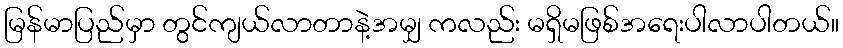
မြန်မာပြည်မှာ တွင်ကျယ်လာတာနဲ့အမျှ ကလည်း မရှိမဖြစ်အရေးပါလာပါတယ်။